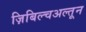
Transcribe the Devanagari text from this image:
ज़िबिल्चअल्तून